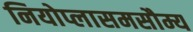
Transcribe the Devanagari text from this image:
नियोप्लासमसौम्य